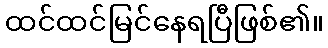
ထင်ထင်မြင်နေရပြီဖြစ်၏။